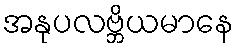
အနုပလဗ္ဘိယမာနေ